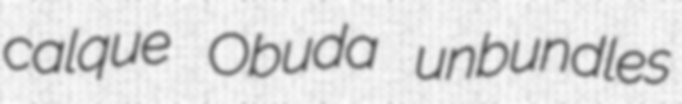
calque Obuda unbundles